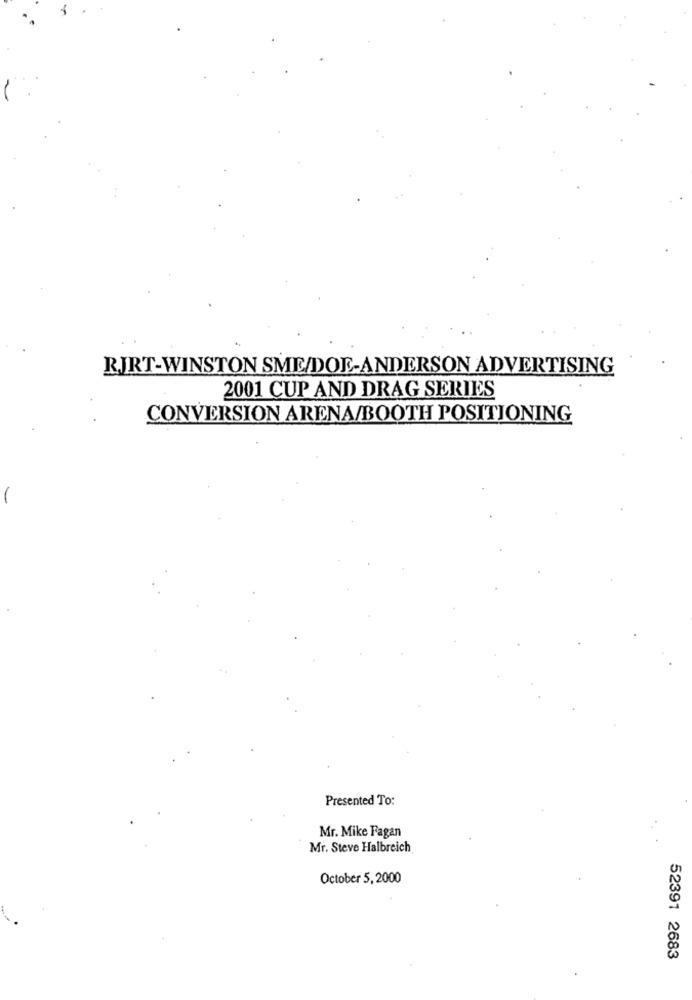
RJRT-WINSTON SME/DOE-ANDERSON ADVERTISING
2001 CUP AND DRAG SERIES
CONVERSION ARENA/BOOTH POSITIONING
Presented To:
Mr. Mike Fagan
Mr. Steve Halbreich
October 5,2000
52391 2683